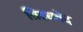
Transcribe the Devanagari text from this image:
सिदधवेद